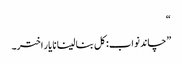
“
”چاند نواب: کل بنا لینا نا یار اختر۔